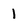
Character: 1